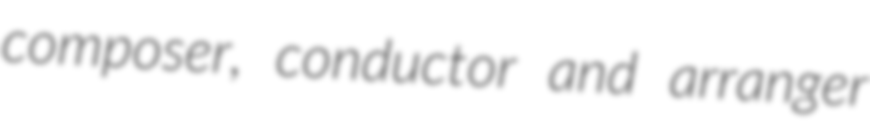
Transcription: composer, conductor and arranger